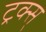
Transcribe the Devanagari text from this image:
ट्रक्स्